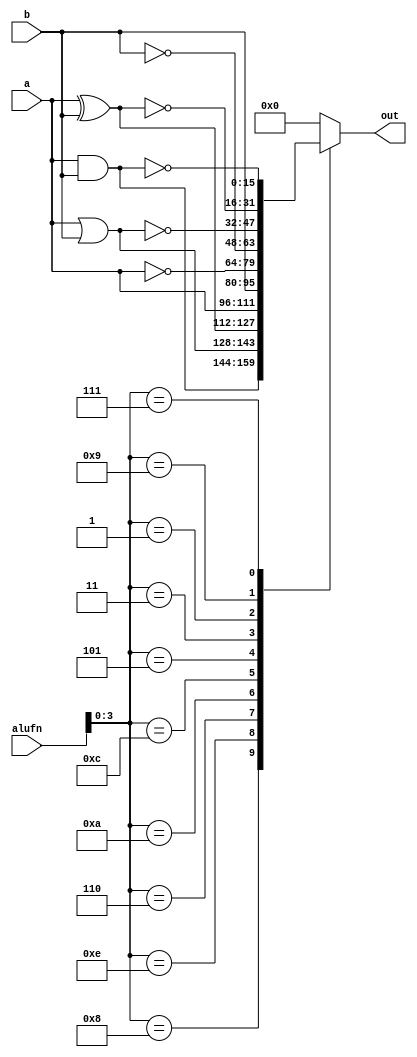
/*
   This file was generated automatically by Alchitry Labs version 1.2.7.
   Do not edit this file directly. Instead edit the original Lucid source.
   This is a temporary file and any changes made to it will be destroyed.
*/

module boolean_21 (
    input [15:0] a,
    input [15:0] b,
    input [5:0] alufn,
    output reg [15:0] out
  );
  
  
  
  always @* begin
    
    case (alufn[0+3-:4])
      4'h8: begin
        out = a & b;
      end
      4'he: begin
        out = a | b;
      end
      4'h6: begin
        out = a ^ b;
      end
      4'ha: begin
        out = a;
      end
      4'hc: begin
        out = b;
      end
      4'h5: begin
        out = ~a;
      end
      4'h3: begin
        out = ~b;
      end
      4'h1: begin
        out = ~(a | b);
      end
      4'h9: begin
        out = ~(a ^ b);
      end
      4'h7: begin
        out = ~(a & b);
      end
      default: begin
        out = 16'h0000;
      end
    endcase
  end
endmodule